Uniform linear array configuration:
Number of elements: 12
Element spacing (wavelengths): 1
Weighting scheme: binomial
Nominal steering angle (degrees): -45
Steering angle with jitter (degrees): -45.355
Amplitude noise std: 0.05
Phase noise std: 0.05

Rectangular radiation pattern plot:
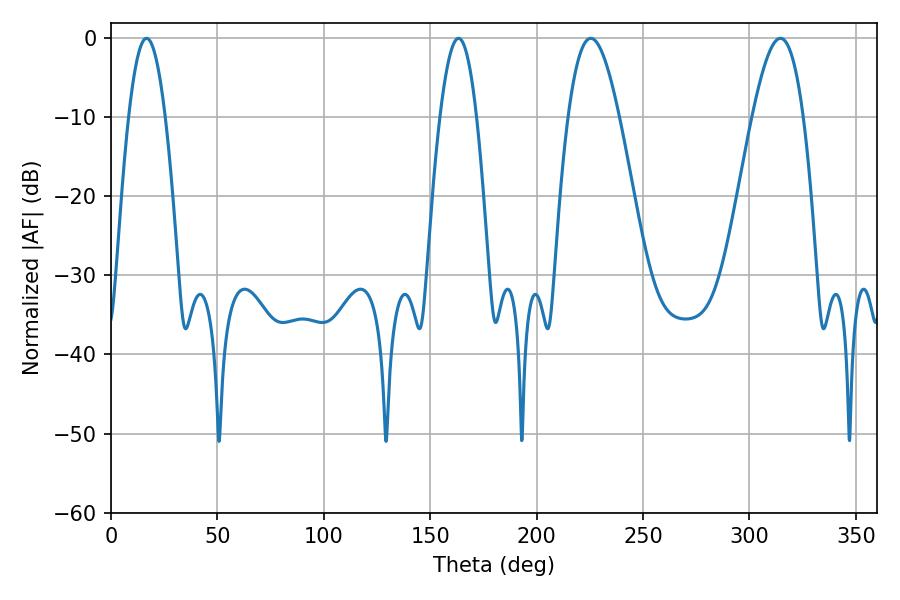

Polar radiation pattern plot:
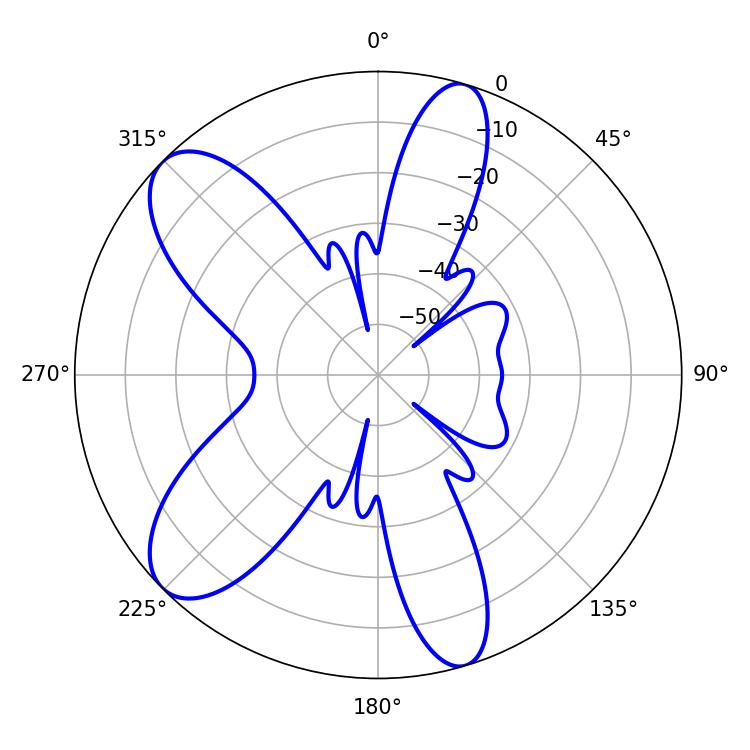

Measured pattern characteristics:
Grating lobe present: TRUE
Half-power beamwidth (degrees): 9.36
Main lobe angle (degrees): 16.74